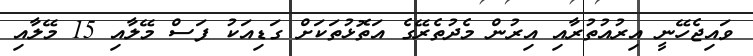
ވައިޖެހޭނީ އިރުއުތުރާއި އިރުން މެދުތެރޭގެ އަތޮޅުތަކަށް ގަޑިއަކު ފަސް މޭލާއި 15 މޭލާއި